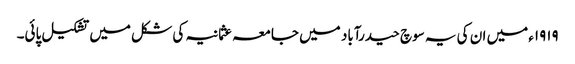
۱۹۱۹ء میں ان کی یہ سوچ حیدرآباد میں جامعہ عثمانیہ کی شکل میں تشکیل پائی۔